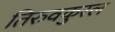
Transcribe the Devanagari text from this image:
तिरुवकुरल